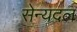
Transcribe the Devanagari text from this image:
सेन्यदल